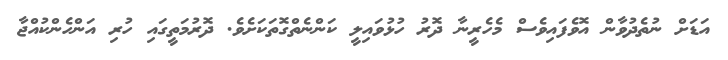
އަޑަށް ނުތެދުވާން އޮވެފައިވެސް މެހެރީނާ ދޮރު ހުޅުވައިލީ ކަންނެތްގޮތަކަށެވެ. ދޮރުމަތީގައި ހުރި އަންހެންކުއްޖާ